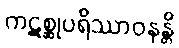
ကဋစ္ဆုပရိဿာဝနန္တိ